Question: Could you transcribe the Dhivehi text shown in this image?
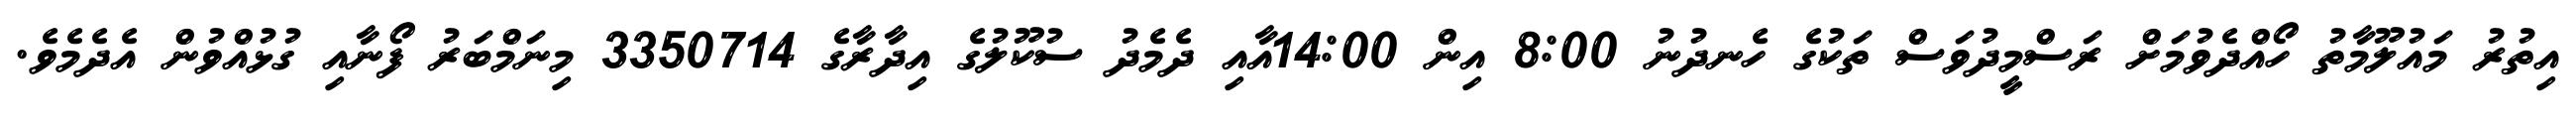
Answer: އިތުރު މައުލޫމާތު ހޯއްދެވުމަށް ރަސްމީދުވަސް ތަކުގެ ހެނދުނު 8:00 އިން 14:00އާއި ދެމެދު ސުކޫލުގެ އިދާރާގެ 3350714 މިނަމްބަރު ފޯނާއި ގުޅުއްވުން އެދެމެވެ.